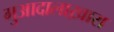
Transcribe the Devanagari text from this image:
गुआदालाख़ारा